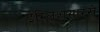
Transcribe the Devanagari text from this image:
इंग्लिशसारखे